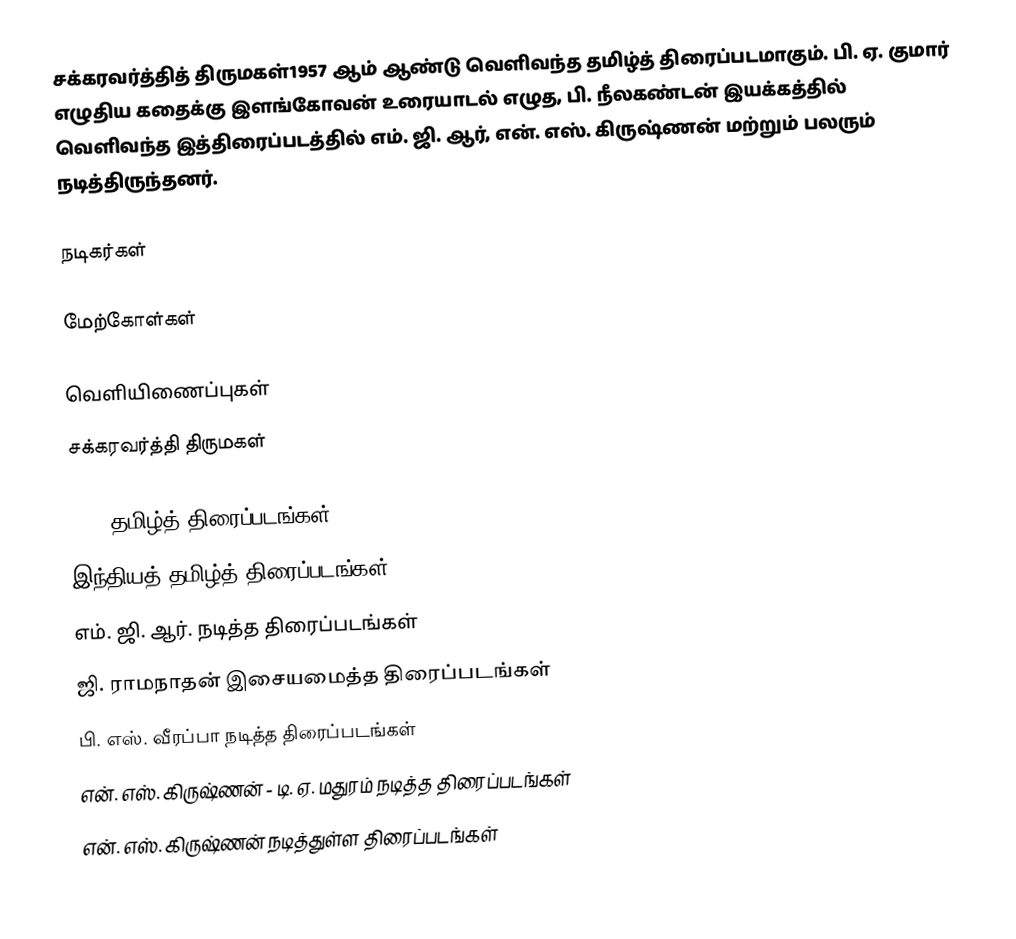
சக்கரவர்த்தித் திருமகள்1957 ஆம் ஆண்டு வெளிவந்த தமிழ்த் திரைப்படமாகும். பி. ஏ. குமார் எழுதிய கதைக்கு இளங்கோவன் உரையாடல் எழுத, பி. நீலகண்டன் இயக்கத்தில் வெளிவந்த இத்திரைப்படத்தில் எம். ஜி. ஆர், என். எஸ். கிருஷ்ணன் மற்றும் பலரும் நடித்திருந்தனர்.

நடிகர்கள்

மேற்கோள்கள்

வெளியிணைப்புகள்
 சக்கரவர்த்தி திருமகள்

1957 தமிழ்த் திரைப்படங்கள்
இந்தியத் தமிழ்த் திரைப்படங்கள்
எம். ஜி. ஆர். நடித்த திரைப்படங்கள்
ஜி. ராமநாதன் இசையமைத்த திரைப்படங்கள்
பி. எஸ். வீரப்பா நடித்த திரைப்படங்கள்
என். எஸ். கிருஷ்ணன் - டி. ஏ. மதுரம் நடித்த திரைப்படங்கள்
என். எஸ். கிருஷ்ணன் நடித்துள்ள திரைப்படங்கள்